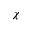
\chi